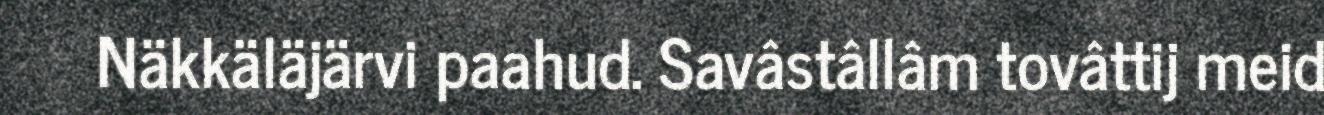
Näkkäläjärvi paahud. Savâstâllâm tovâttij meid